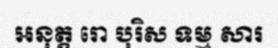
អនុត្ត រោ បុរិស ទម្ម សារ